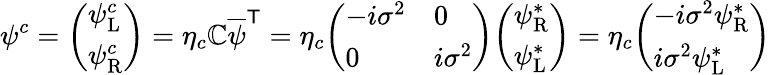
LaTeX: \psi^{c}={\left(\begin{array}{l}{\psi_{\mathrm{L}}^{c}}\\ {\psi_{\mathrm{R}}^{c}}\end{array}\right)}=\eta_{c}\mathbb{C}{\overline{{{\psi}}}}^{\textsf{{T}}}=\eta_{c}{\left(\begin{array}{ll}{-i\sigma^{2}}&{0}\\ {0}&{i\sigma^{2}}\end{array}\right)}{\left(\begin{array}{l}{\psi_{\mathrm{R}}^{*}}\\ {\psi_{\mathrm{L}}^{*}}\end{array}\right)}=\eta_{c}{\left(\begin{array}{l}{-i\sigma^{2}\psi_{\mathrm{R}}^{*}}\\ {i\sigma^{2}\psi_{\mathrm{L}}^{*}}\end{array}\right)}